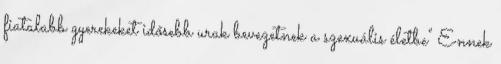
fiatalabb gyerekeket idősebb urak bevezetnek a szexuális életbe" Ennek